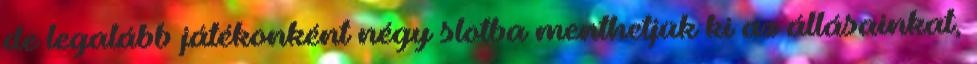
de legalább játékonként négy slotba menthetjük ki az állásainkat,